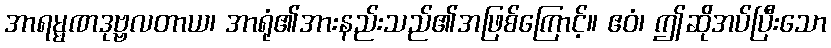
အာရမ္မဏဒုဗ္ဗလတာယ၊ အာရုံ၏အားနည်းသည်၏အဖြစ်ကြောင့်။ ဧဝံ၊ ဤဆိုအပ်ပြီးသော